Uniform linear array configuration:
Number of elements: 12
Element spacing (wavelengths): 0.25
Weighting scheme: hann
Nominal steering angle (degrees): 0
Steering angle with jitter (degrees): -0.796
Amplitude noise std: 0.05
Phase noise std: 0.05

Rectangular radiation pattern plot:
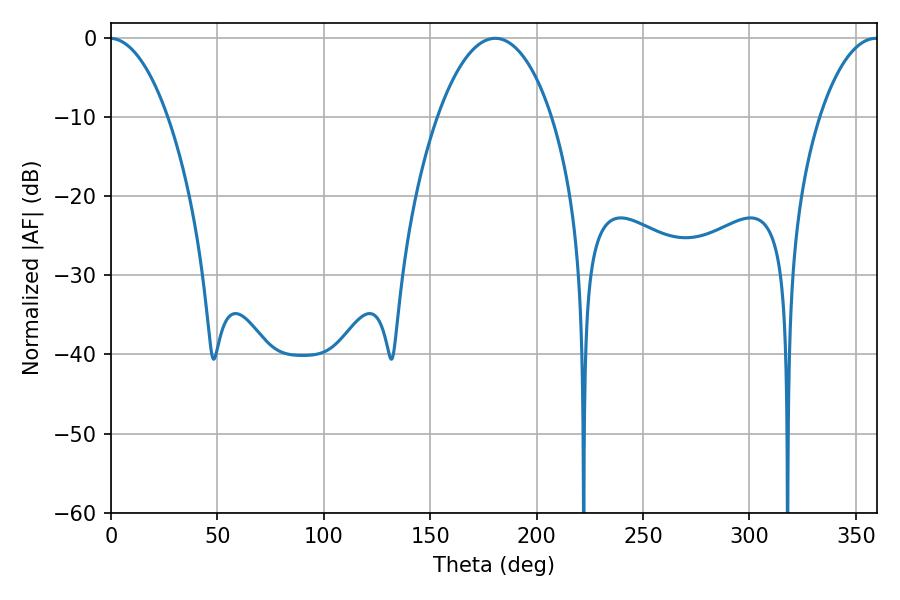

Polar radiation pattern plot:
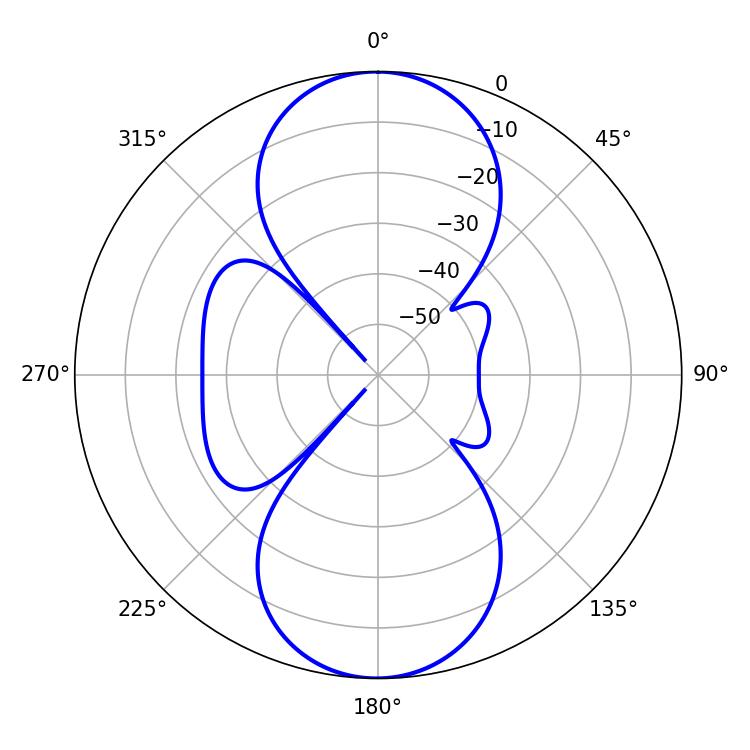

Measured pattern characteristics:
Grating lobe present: FALSE
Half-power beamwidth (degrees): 15.48
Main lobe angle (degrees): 359.46